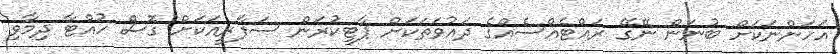
އަހަންނަކަށް ބުނަން ނޭގޭ ރައްޓެއްސެއްގެ ދައުވަތަކަށް ޕާޓީކުރަން ސަފާރީއަކަށް ގޮސް ހުއްޓާ ދިމާވި